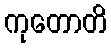
ကုတောတိ